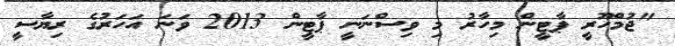
"ޖުމްހޫރީ ޕާޓީން މިހާރު މި ވިސްނަނީ ޕާޓީން 2013 ވަނަ އަހަރުގެ ރިޔާސީ